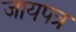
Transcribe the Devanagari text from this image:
जायपत्र